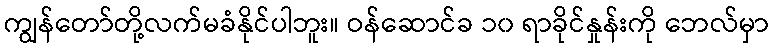
ကျွန်တော်တို့လက်မခံနိုင်ပါဘူး။ ဝန်ဆောင်ခ ၁၀ ရာခိုင်နှုန်းကို ဘေလ်မှာ